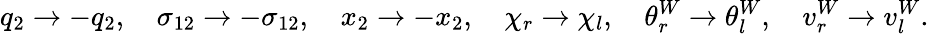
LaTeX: q_{2}\rightarrow-q_{2},\quad\sigma_{12}\rightarrow-\sigma_{12},\quad x_{2}\rightarrow-x_{2},\quad\chi_{r}\rightarrow\chi_{l},\quad\theta_{r}^{W}\rightarrow\theta_{l}^{W},\quad v_{r}^{W}\rightarrow v_{l}^{W}.